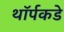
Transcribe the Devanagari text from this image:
थॉर्पकडे